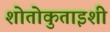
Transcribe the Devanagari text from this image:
शोतोकुताइशी